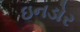
ઇનડોર